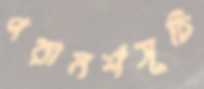
পরামর্শসূচি